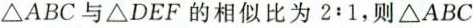
△ABC与ΔDEF的相似比为2:1，则ΔABC